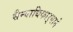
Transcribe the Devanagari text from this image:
सैन्याधिकार्‍याने